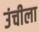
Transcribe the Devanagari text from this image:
उंचीला